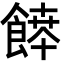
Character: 𩝃